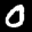
Label: 0